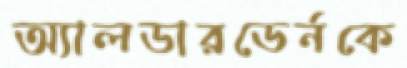
অ্যালডারডের্নকে